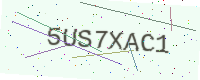
Text: 5US7XAC1